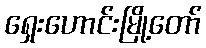
ရှေးဟောင်းမြို့တော်